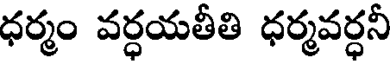
ధర్మం వర్ధయతీతి ధర్మవర్ధనీ